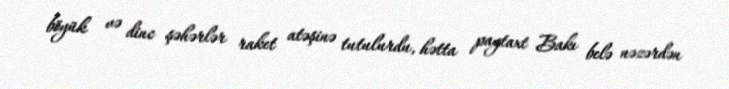
böyük və dinc şəhərlər raket atəşinə tutulurdu, hətta paytaxt Bakı belə nəzərdən